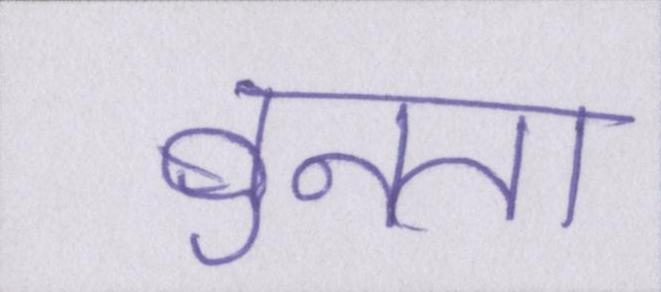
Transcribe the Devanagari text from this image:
बुनता